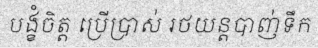
បង្ខំចិត្ត ប្រើប្រាស់ រថយន្តបាញ់ទឹក